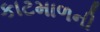
કાટમાળની